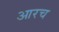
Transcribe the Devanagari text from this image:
आरच